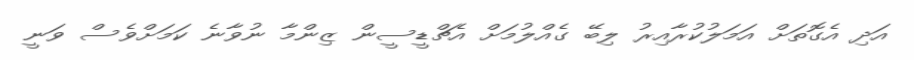
އަދި އެގޮތަށް އަމަލުކުރާއިރު ލިބޭ ގެއްލުމަށް އެޗްޑީސީން ޒިންމާ ނުވާނެ ކަމަށްވެސް ވަނީ